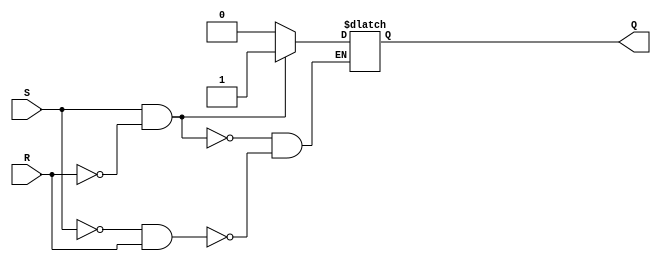
module async_sr_ff (
    input S, 
    input R, 
    output reg Q
);

always @* begin
    if (S & !R) begin
        Q <= 1;       // set the flip-flop
    end else if (!S & R) begin
        Q <= 0;       // reset the flip-flop
    end else begin
        Q <= Q;       // maintain current state (undefined state if both S and R are high)
    end
end

endmodule